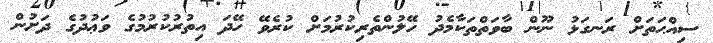
ސިއްޙަތަށް ރަނގަޅު ނޫން ބާވަތްތަކާމެދު ހޭލުންތެރިކުރުމަށް ކުރެވޭ ހޭދަ އިތުރުކުރުމުގެ ވަޢުދުގެ ދަށުން